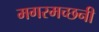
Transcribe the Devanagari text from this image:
मगरमच्छनी